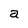
Character: a